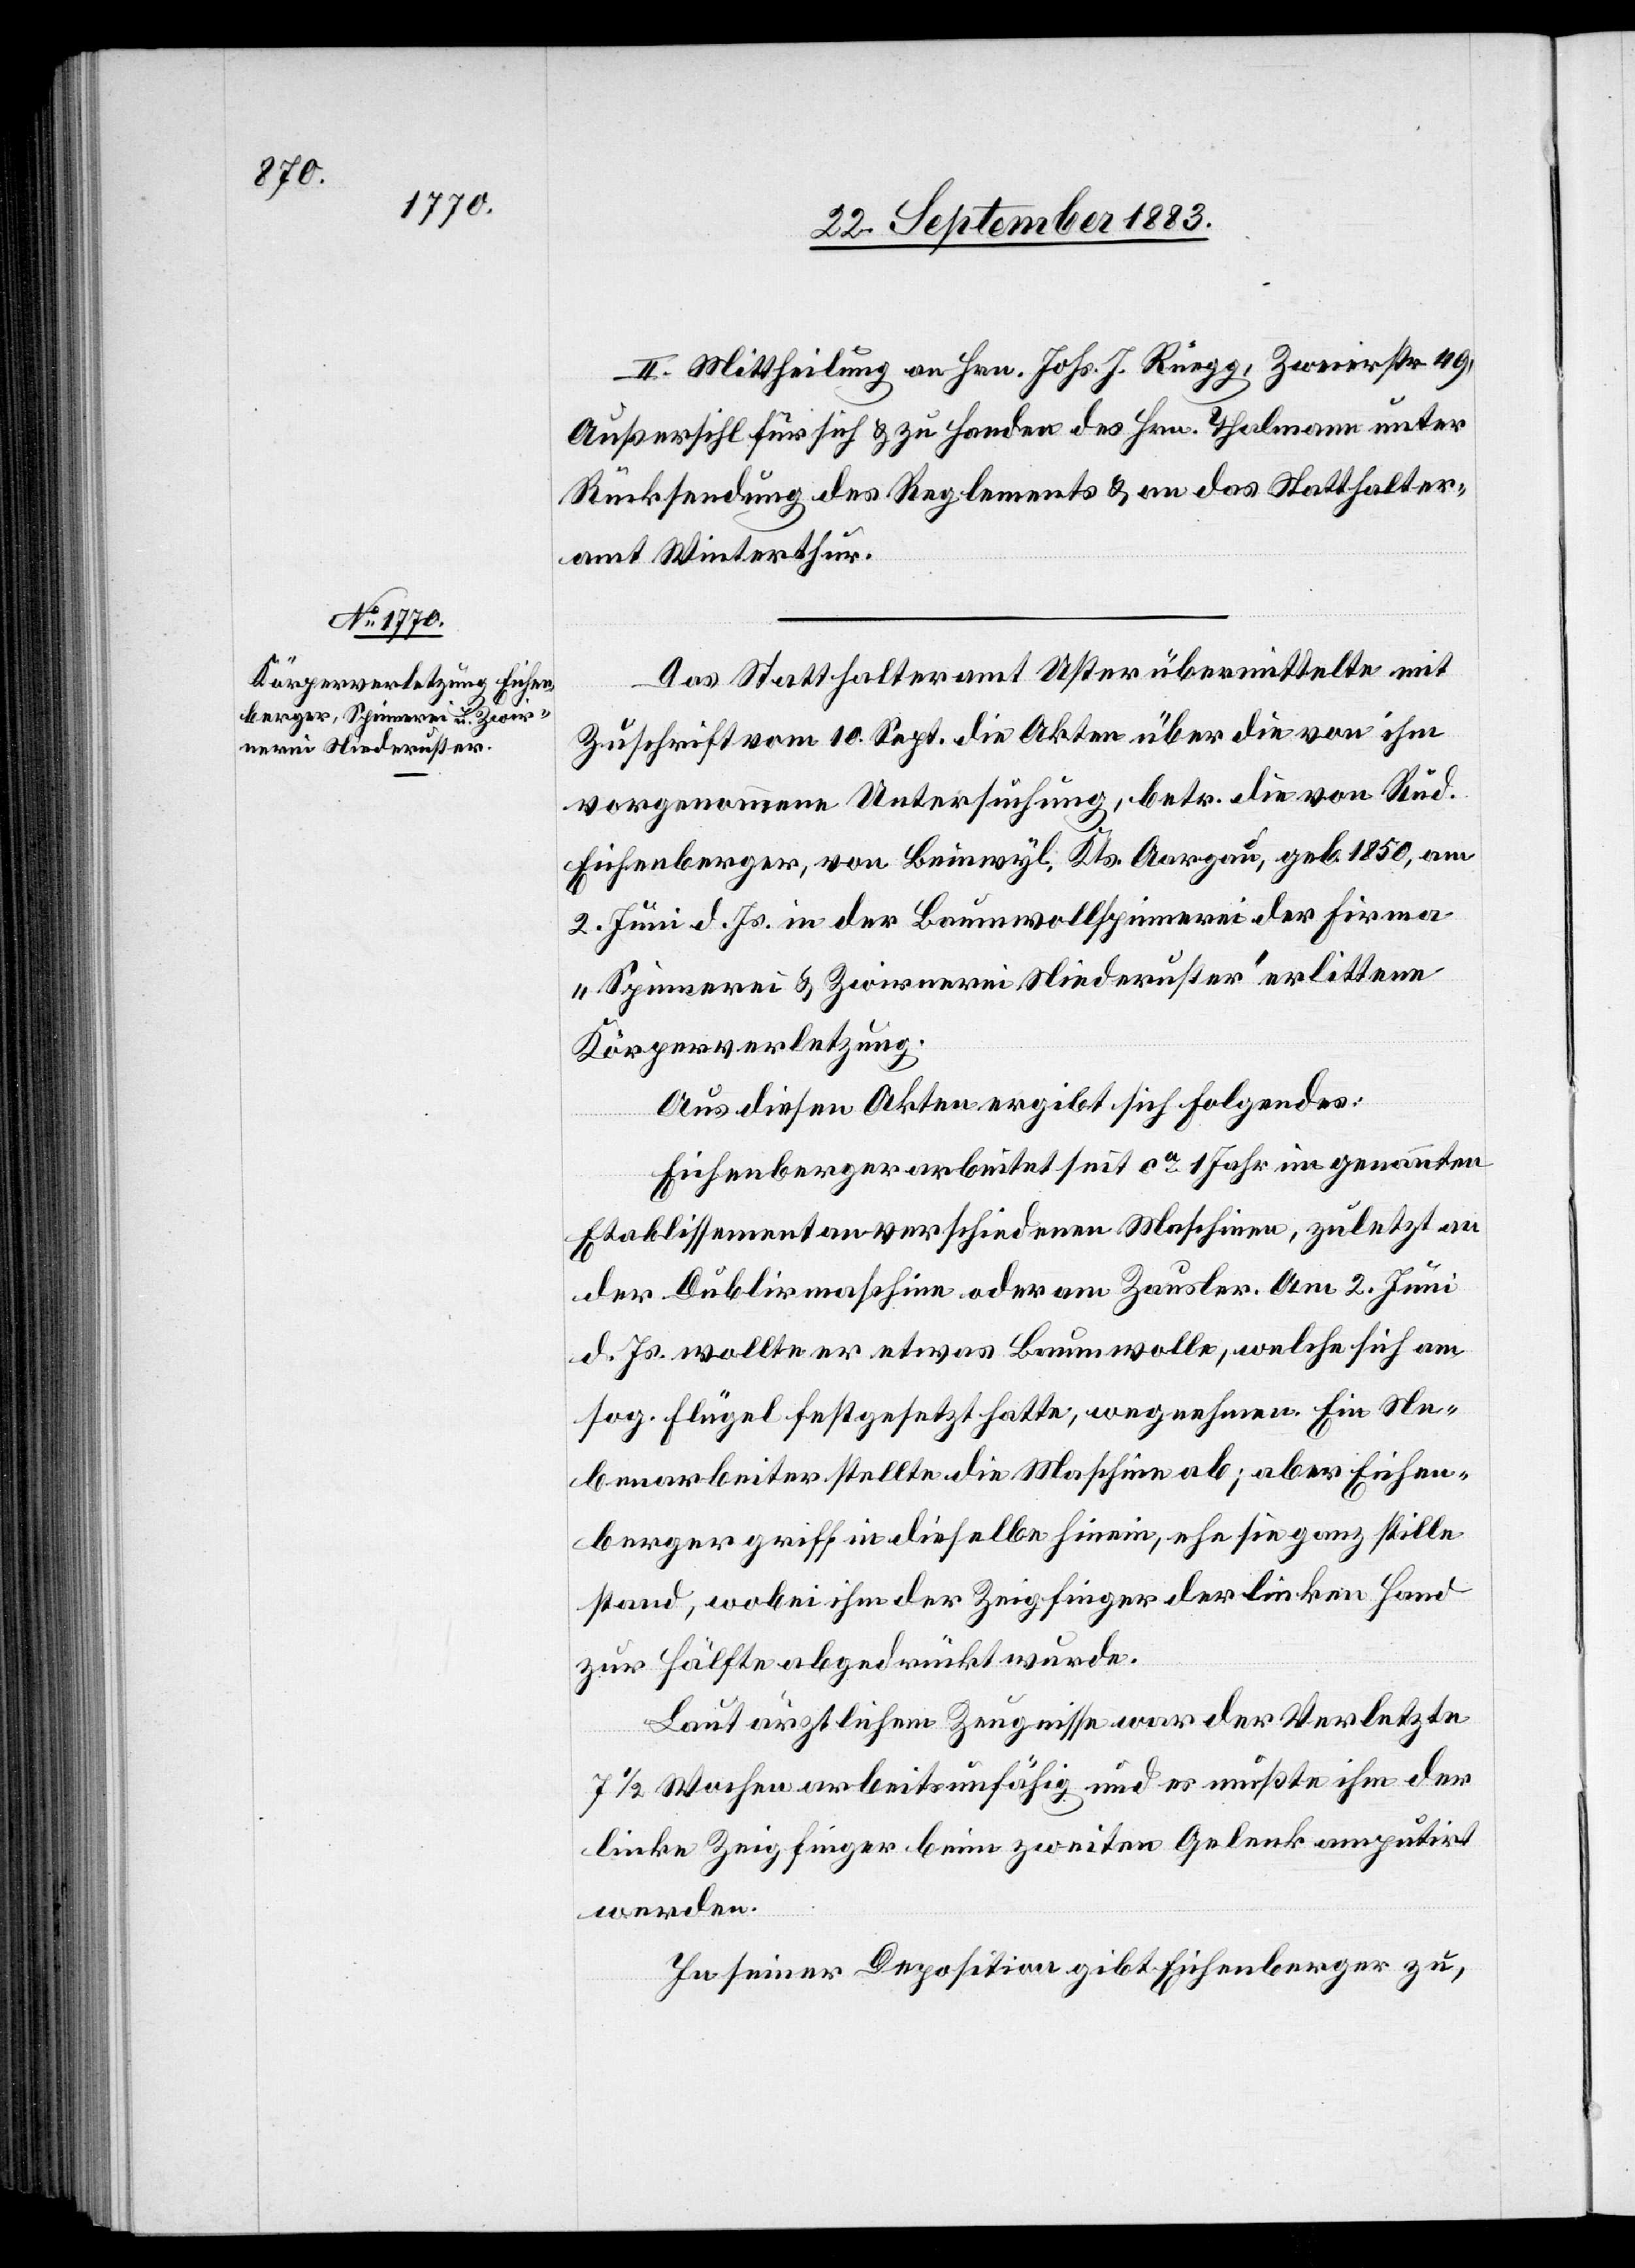
II. Mittheilung an Hrn. Johs. J. Rüegg, Zweierstr. 49,
Außersihl für sich & zu Handen des Hrn. Thalmann unter
Rücksendung des Reglements & an das Statthalter¬
amt Winterthur.
Das Statthalteramt Uster übermittelte mit
Zuschrift vom 10. Sept. die Akten über die von ihm
vorgenommene Untersuchung, betr. die von Rud.
Eichenberger, von Beinwyl, Kts. Aargau, geb. 1850, am
2. Juni d. Js. in der Baumwollspinnerei der Firma
„Spinnerei & Zwirnerei Niederuster“ erlittenen
Körperverletzung.
Aus diesen Akten ergibt sich Folgendes:
Eichenberger arbeitet seit ca 1 Jahr im genannten
Etablissement an verschiedenen Maschinen, zuletzt an
der Dublirmaschine oder am Zausler. Am 2. Juni
d. Js. wollte er etwas Baumwolle, welche sich am
sog. Flügel festgesetzt hatte, wegnehmen. Ein Ne¬
benarbeiter stellte die Maschine ab; aber Eichen¬
berger griff in dieselbe hinein, ehe sie ganz stille
stand, wobei ihm der Zeigfinger der linken Hand
zur Hälfte abgedrückt wurde.
Laut ärztlichem Zeugnisse war der Verletzte
7 1/2 Wochen arbeitsunfähig und es mußte ihm der
linke Zeigfinger beim zweiten Gelenk amputirt
werden.
In seiner Deposition gibt Eichenberger zu,